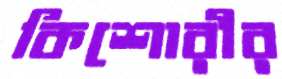
কিশোরীর